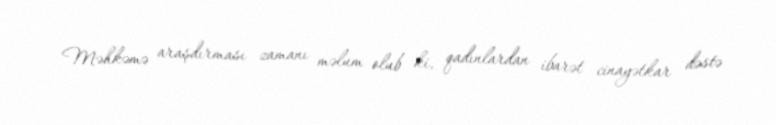
Məhkəmə araşdırması zamanı məlum olub ki, qadınlardan ibarət cinayətkar dəstə